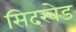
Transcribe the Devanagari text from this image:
सिदखेड